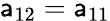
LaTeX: \mathsf{a}_{12}=\mathsf{a}_{11}